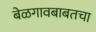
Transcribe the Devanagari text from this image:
बेळगावबाबतचा